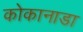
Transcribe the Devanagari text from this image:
कोकानाडा